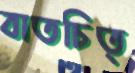
বাতচিত্